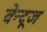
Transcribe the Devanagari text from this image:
वेन्टूज